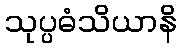
သုပ္ပဓံသိယာနိ